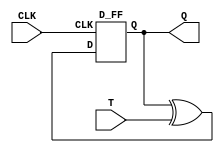
module T_FF ( T, CLK, Q);
input T, CLK;
output Q;
wire w1;

xor(w1,Q,T);

D_FF d_ff(w1, CLK, Q);

endmodule

module D_FF (D, CLK, Q);
input D, CLK;
output Q;
reg Q;
always @(negedge CLK)
Q = D;

endmodule